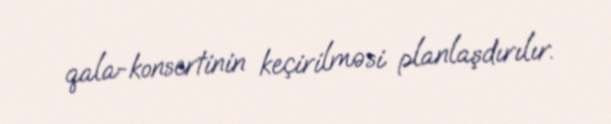
qala-konsertinin keçirilməsi planlaşdırılır.